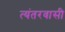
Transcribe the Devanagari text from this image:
त्यंतरवासी